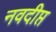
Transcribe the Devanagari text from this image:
नवदीप्त